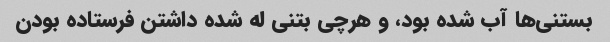
بستنی‌ها آب شده بود، و هرچی بتنی له شده داشتن فرستاده بودن